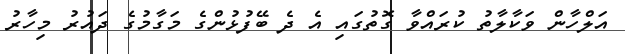
އަލްހާން ވަކާލާތު ކުރައްވާ ގޮތުގައި އެ ދެ ބޭފުޅުންގެ މަގާމުގެ ދައުރު މިހާރު